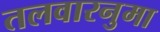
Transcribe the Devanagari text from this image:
तलवारनुमा